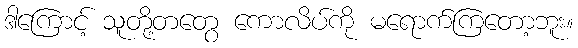
ဒါကြောင့် သူတို့တတွေ ကောလိပ်ကို မရောက်ကြတော့ဘူး။